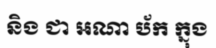
និង ជា អណា ប័ក ក្នុង